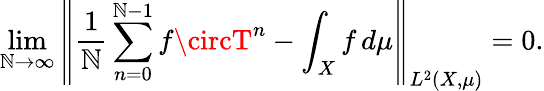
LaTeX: \operatorname*{lim}_{\mathbb{N}\to\infty}\left\| {\frac{{1}}{{\mathbb{N}}}}\sum_{n=0}^{\mathbb{N}-1}f\circT^{n}-\int_{X}f\, d\mu\right\| _{L^{2}(X,\mu)}=0.